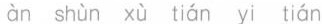
àn shùn xù tián yi tián